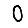
Digit: 0